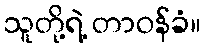
သူတို့ရဲ့ တာဝန်ခံ။